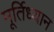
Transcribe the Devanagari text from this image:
मूर्तिध्यान